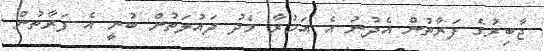
ޖާބިރުގެ ފަރާތުން އެދުނު އެ އަމުރާ މެދު ދައުލަތުން ބުނީ އެ ފަރާތުން